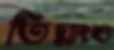
তিগ্নাংশু